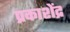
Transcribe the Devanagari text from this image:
प्रकाशेंद्र